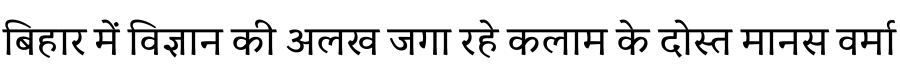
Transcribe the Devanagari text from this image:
बिहार में विज्ञान की अलख जगा रहे कलाम के दोस्त मानस वर्मा